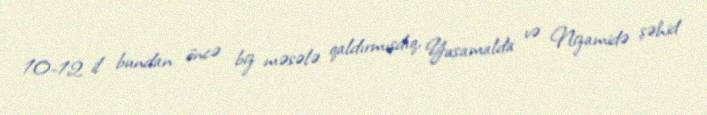
10-12 il bundan öncə biz məsələ qaldırmışdıq, Yasamalda və Nizamidə şəhid